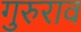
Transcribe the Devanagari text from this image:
गुरुराव